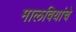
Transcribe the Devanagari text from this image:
मालवियांचे